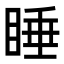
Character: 睡